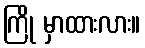
ကြို မှာထားလား။